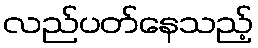
လည်ပတ်နေသည့်